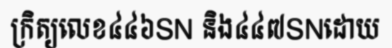
ក្រិត្យលេខ៤៤៦SN និង៤៤៧SNដោយ